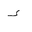
Letter: _hamza